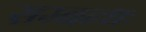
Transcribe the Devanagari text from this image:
सम्बन्धः